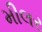
મીલર